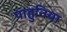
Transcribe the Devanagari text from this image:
पाहुनिया